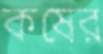
কষের